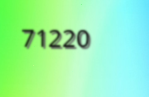
71220